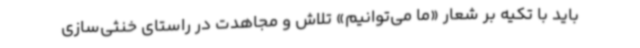
باید با تکیه بر شعار «ما می‌توانیم» تلاش و مجاهدت در راستای خنثی‌سازی